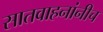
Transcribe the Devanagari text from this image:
सातवाहनांनीच